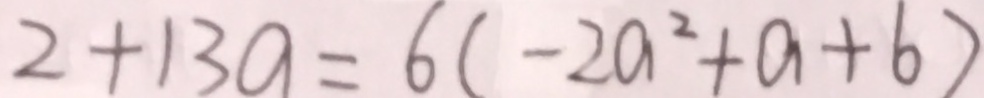
2 + 1 3 a = 6 ( - 2 a ^ { 2 } + a + b )